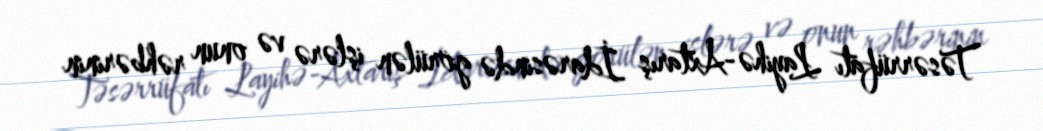
Təsərrüfatı Layihə-Axtarış İdarəsində görülən işlərə və onun rəhbərinin